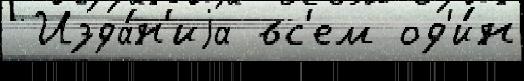
 Изда́н'иjа вс'ем од'и́н